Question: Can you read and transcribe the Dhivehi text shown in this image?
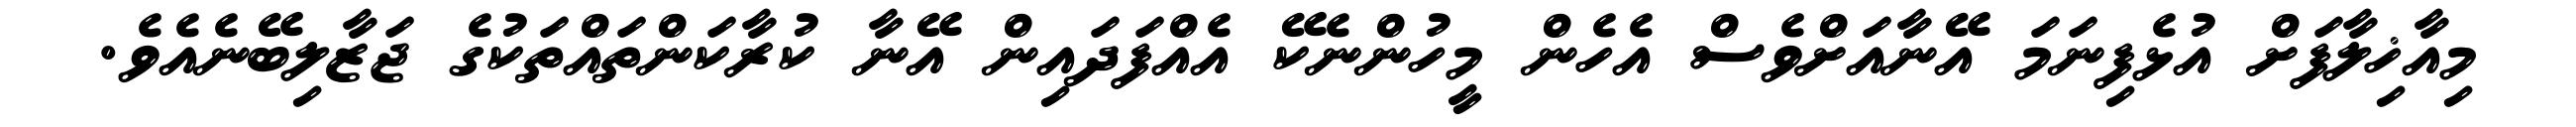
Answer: މިއާޚިލާފަށް އުޅެފިނަމަ އޭނާއަށްވެސް އެހެން މީހުންނެކޭ އެއްފަދައިން އޭނާ ކުރާކަންތައްތަކުގެ ޖަޒާލިބޭނެއެވެ.